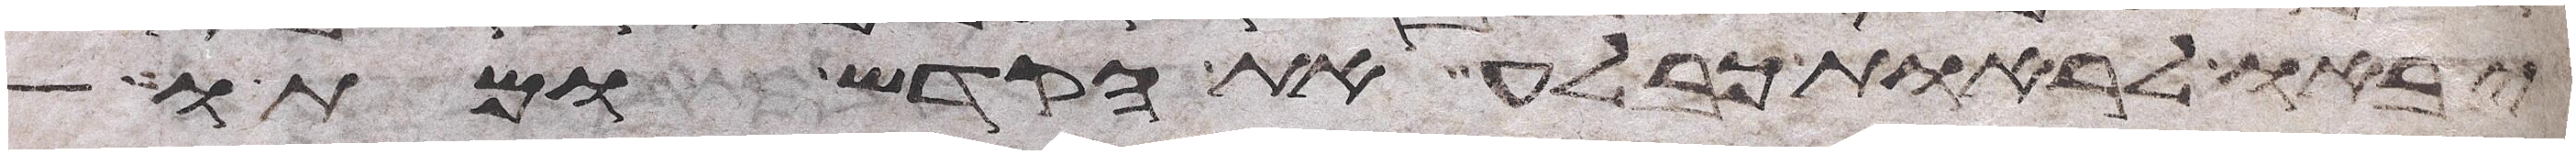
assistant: יבאו לראות כבלע את הקדש ומתו